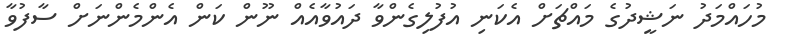
މުހައްމަދު ނަޝީދުގެ މައްޗަށް އެކަނި އުފުލިގެންވާ ދައުވާއެއް ނޫން ކަން އެންމެންނަށް ސާފުވާ